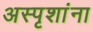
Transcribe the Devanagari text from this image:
अस्पृशांना